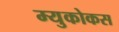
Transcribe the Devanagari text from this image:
म्युकोकस